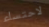
لاحتساء